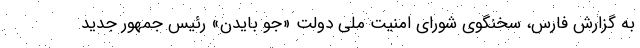
به گزارش فارس، سخنگوی شورای امنیت ملی دولت «جو بایدن» رئیس جمهور جدید